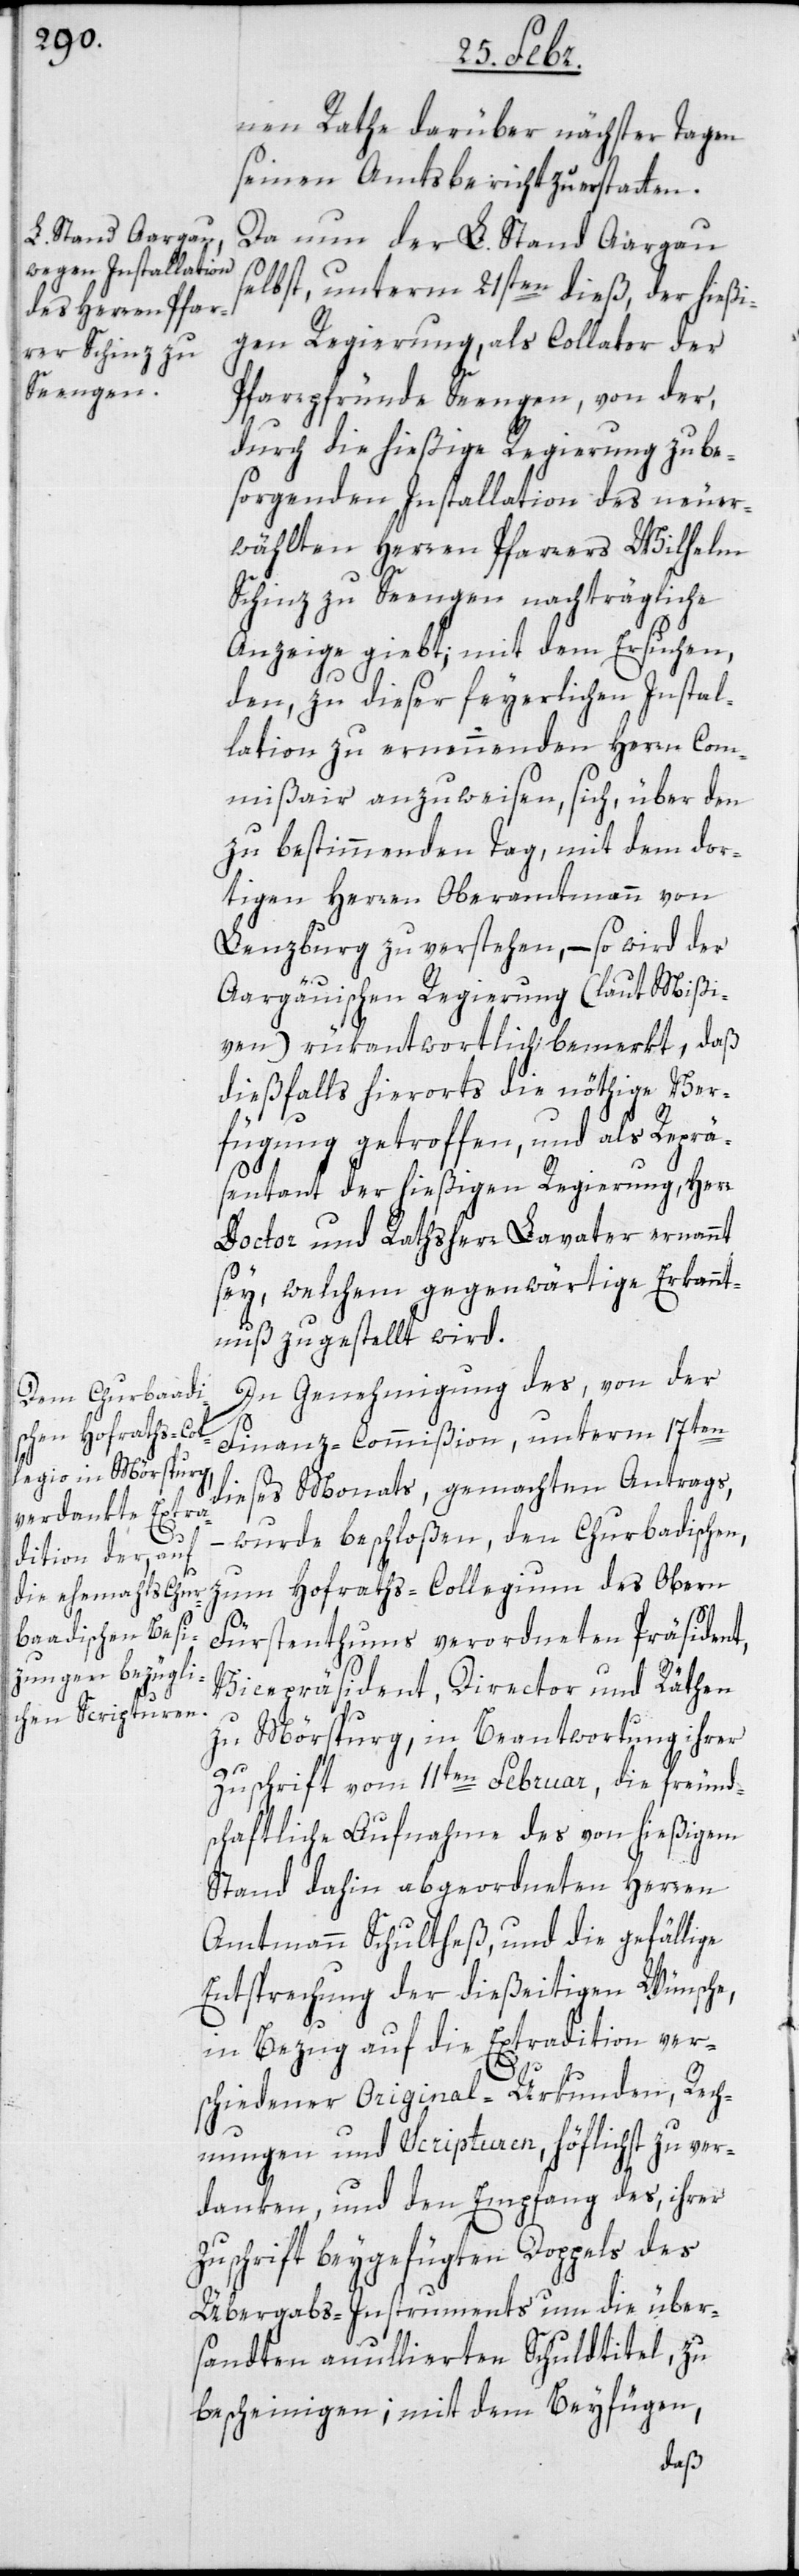
nen Rathe darüber nächster Tagen
seinen Amtsbericht zu erstatten.
Da nun der L. Stand Aargau
selbst, unterm 21sten dieß, der hießi¬
gen Regierung, als Collator der
Pfarrpfründe Seengen, von der,
durch die hießige Regierung zu be¬
sorgenden Installation des neu er¬
wählten Herren Pfarrers Wilhelm
Schinz zu Seengen nachträgliche
Anzeige giebt, mit dem Ersuchen,
den, zu dieser feyerlichen Instal¬
lation zu ernennenden Herrn Com¬
mißair anzuweisen, sich, über den
zu bestimmenden Tag, mit dem dor¬
tigen Herrn Oberamtmann von
Lenzburg zu verstehen, – so wird der
Aargäuischen Regierung (laut Mißi¬
ven) rükantwortlich bemerkt, daß
dießfalls hierorts die nöthige Ver¬
fügung getroffen und als Reprä¬
sentant der hießigen Regierung, Herr
Doctor und Rathsherr Lavater ernannt
sey, welchem gegenwärtige Erkannt¬
nuß zugestellt wird.
In Genehmigung des, von der
Finanz-Commißion unterm 17ten
dieses Monats, gemachten Antrags,
wurde beschloßen, den Churbadischen,
zum Hofraths-Collegium des Oberen
Fürstentums verordneten Präsident,
Vicepräsident, Director und Räthen
zu Mörspurg, in Beantwortung ihrer
Zuschrift vom 11ten Februar, die freund¬
schaftliche Aufnahme des von hießigem
Stand dahin abgeordneten Herren
Amtmann Schultheß, und die gefällige
Entsprechung der dießeitigen Wünsche,
in Bezug auf die Extradition ver¬
schiedener Original-Urkunden, Rech¬
nungen und Scripturen, höflichst zu ver¬
danken, und den Empfang des, ihrer
Zuschrift beygefügten Doppels des
Übergabs-Instruments um die über¬
sandten annullierten Schuldtitel, zu
bescheinigen; mit dem Beyfügen,